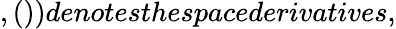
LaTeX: ,())denotesthespacederivatives,